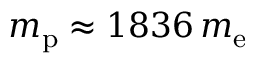
m _ { \mathrm { p } } \approx 1 8 3 6 \, m _ { \mathrm { e } }